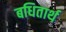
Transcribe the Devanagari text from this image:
बधितार्थ